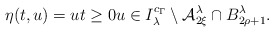
\begin{align*} \eta(t,u) = u t \ge 0 u \in I_\lambda^{ c_{\Gamma} } \setminus {\cal A}_{2 \xi}^\lambda \cap B^{\lambda}_{2\rho+1}.\end{align*}